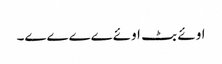
اوئے بٹ اوئےےےےے۔